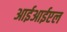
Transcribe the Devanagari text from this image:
आईआईएल